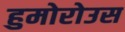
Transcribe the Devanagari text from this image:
हुमोरोउस